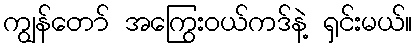
ကျွန်တော် အကြွေးဝယ်ကဒ်နဲ့ ရှင်းမယ်။